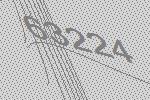
63224